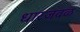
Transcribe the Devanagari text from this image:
धारजवळ